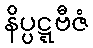
နိပ္ပဋ္ဋဗီဇံ